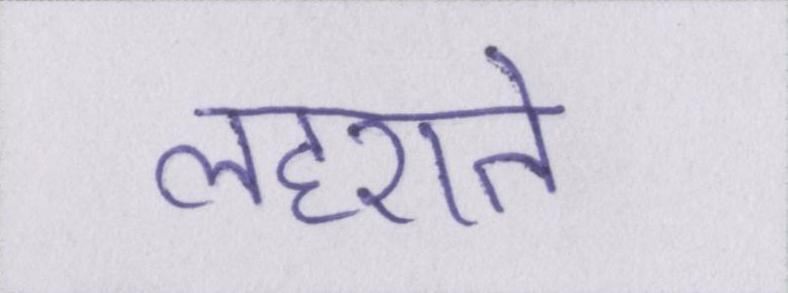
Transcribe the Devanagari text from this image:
लहराते